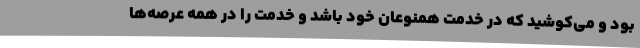
بود و می‌کوشید که در خدمت همنوعان خود باشد و خدمت را در همه عرصه‌ها